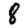
Digit: 8